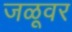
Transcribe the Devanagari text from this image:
जळूवर